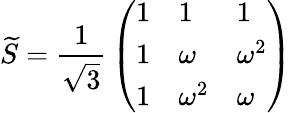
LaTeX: \widetilde{S}={\frac{1}{\sqrt{3}}}\left(\begin{array}{lll}{{1}}&{{1}}&{{1}}\\ {{1}}&{{\omega}}&{{\omega^{2}}}\\ {{1}}&{{\omega^{2}}}&{{\omega}}\end{array}\right)